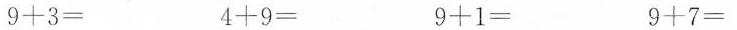
$$9+3=$$ $$4+9=$$ $$9+1=$$ $$9+7=$$